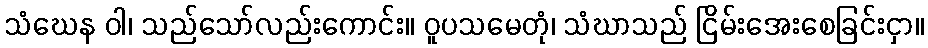
သံဃေန ဝါ၊ သည်သော်လည်းကောင်း။ ဝူပသမေတုံ၊ သံဃာသည် ငြိမ်းအေးစေခြင်းငှာ။